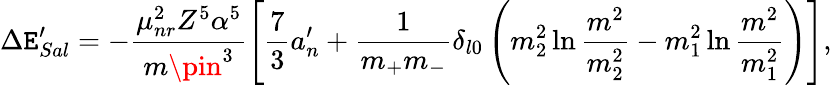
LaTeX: \Delta\mathtt{E}_{Sal}^{\prime}=-\frac{{\mu_{nr}^{2}Z^{5}\alpha^{5}}}{{m\pin^{3}}}\left[\frac{{7}}{{3}}a_{n}^{\prime}+\frac{{1}}{{m_{+}m_{-}}}\delta_{l0}\left(m_{2}^{2}\ln\frac{{m^{2}}}{{m_{2}^{2}}}-m_{1}^{2}\ln\frac{{m^{2}}}{{m_{1}^{2}}}\right)\right],